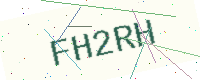
Text: FH2RH